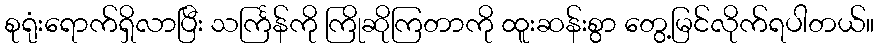
စုရုံးရောက်ရှိလာပြီး သင်္ကြန်ကို ကြိုဆိုကြတာကို ထူးဆန်းစွာ တွေ့မြင်လိုက်ရပါတယ်။